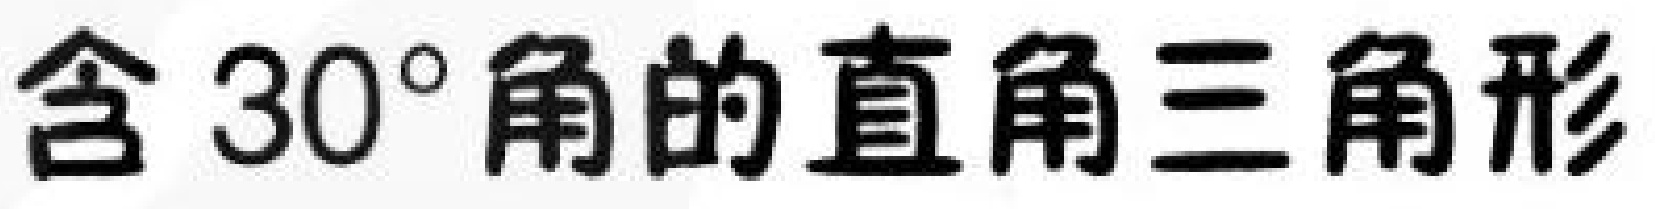
含 \(30^{\circ}\)角的直角三角形